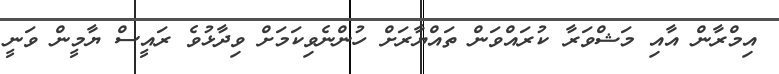
އިމްރާން އާއި މަޝްވަރާ ކުރައްވަން ތައްޔާރަށް ހުންނެވިކަމަށް ވިދާޅުވެ ރައީސް ޔާމީން ވަނީ